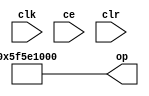
module sysgen_constant_61a644b4c8 (
  output [(32 - 1):0] op,
  input clk,
  input ce,
  input clr);
  assign op = 32'b01011111010111100001000000000000;
endmodule